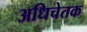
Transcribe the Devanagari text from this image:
अधिचेतक